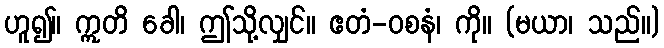
ဟူ၍။ ဣတိ ခေါ၊ ဤသို့လျှင်။ ဧတံ-ဝစနံ၊ ကို။ (မယာ၊ သည်။)